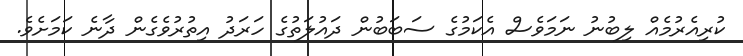
ކުރިއެރުމެއް ލިބުނު ނަމަވެސް އެކަމުގެ ސަބަބުން ދައުލަތުގެ ހަރަދު އިތުރުވެގެން ދާނެ ކަމަށެވެ.